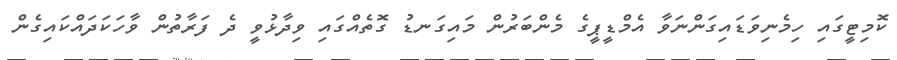
ކޮމިޓީގައި ހިމެނިވަޑައިގަންނަވާ އެމްޑީޕީގެ މެންބަރުން މައިގަނޑު ގޮތެއްގައި ވިދާޅުވީ ދެ ފަރާތުން ވާހަކަދައްކައިގެން